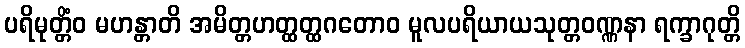
ပရိမုတ္တိံဝ မဟန္တာတိ အမိတ္တဟတ္ထတ္ထဂတောဝ မူလပရိယာယသုတ္တဝဏ္ဏနာ ရက္ခာဂုတ္တိ